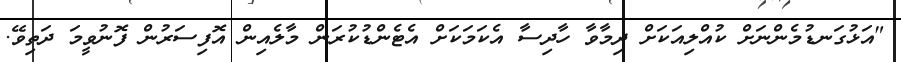
"އަޅުގަނޑުމެންނަށް ކުއްލިއަކަށް ދިމާވާ ހާދިސާ އެކަމަކަށް އެޓެންޑުކުރަން މާލެއިން އޮފިސަރުން ފޮނުވީމަ ދަތިވޭ.